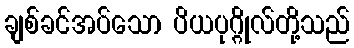
ချစ်ခင်အပ်သော ပိယပုဂ္ဂိုလ်တို့သည်